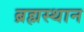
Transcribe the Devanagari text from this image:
ब्रह्मस्थान